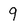
Character: 9